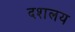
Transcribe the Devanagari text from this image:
दशलय